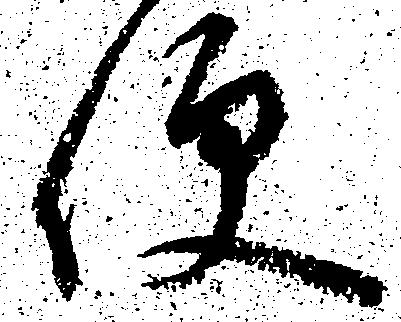
便